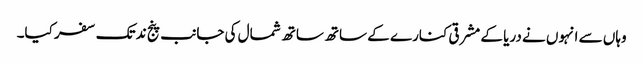
وہاں سے انہوں نے دریا کے مشرقی کنارے کے ساتھ ساتھ شمال کی جانب پنج ند تک سفر کیا۔